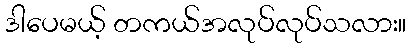
ဒါပေမယ့် တကယ်အလုပ်လုပ်သလား။